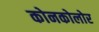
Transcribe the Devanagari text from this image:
कोनकोलोर